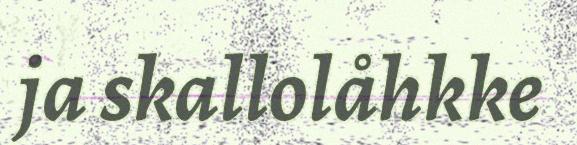
ja skallolåhkke